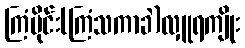
ကြံပိုင်း(ကြံသကာခဲ)လှူရကျိုး